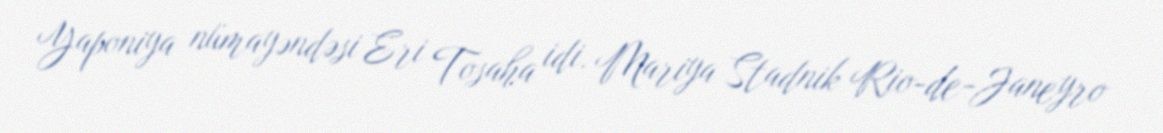
Yaponiya nümayəndəsi Eri Tosaha idi. Mariya Stadnik Rio-de-Janeyro